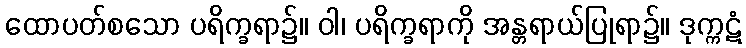
ထောပတ်စသော ပရိက္ခရာ၌။ ဝါ၊ ပရိက္ခရာကို အန္တရာယ်ပြုရာ၌။ ဒုက္ကဋံ